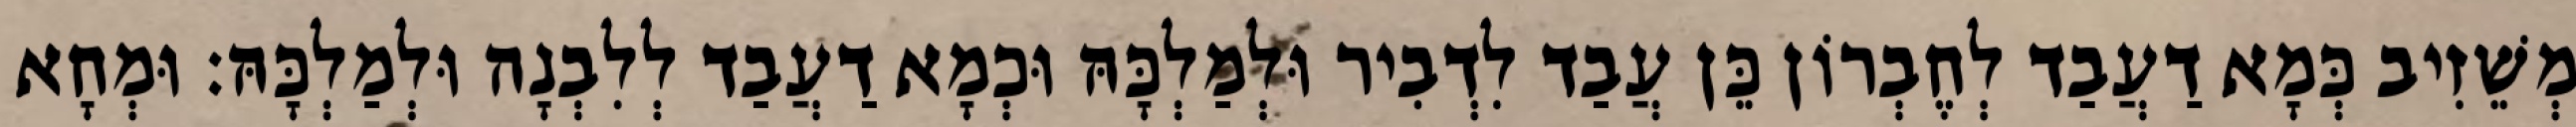
מְשֵׁזִיב כְּמָא דַעֲבַד לְחֶבְרוֹן כֵּן עֲבַד לִדְבִיר וּלְמַלְכָּהּ וּכְמָא דַעֲבַד לְלִבְנָה וּלְמַלְכָּהּ׃ וּמְחָא